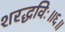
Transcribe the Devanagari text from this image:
शरद्धविः॥६॥